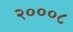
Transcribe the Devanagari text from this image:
२०००८